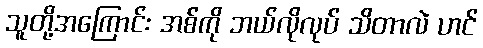
သူတို့အကြောင်း အစ်ကို ဘယ်လိုလုပ် သိတာလဲ ဟင်